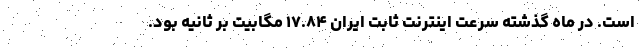
است. در ماه گذشته سرعت اینترنت ثابت ایران ۱۷.۸۴ مگابیت بر ثانیه بود.